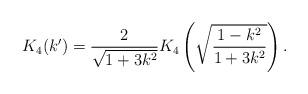
LaTeX: \begin{align*}K_4(k')=\frac{2}{\sqrt{1+3k^2}}K_4\left(\sqrt{\frac{1-k^2}{1+3k^2}}\right).\end{align*}